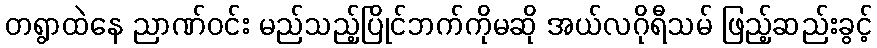
တရွာထဲနေ ညာဏ်ဝင်း မည်သည့်ပြိုင်ဘက်ကိုမဆို အယ်လဂိုရီသမ် ဖြည့်ဆည်းခွင့်